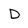
Character: D